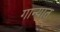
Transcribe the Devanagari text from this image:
गान्यात